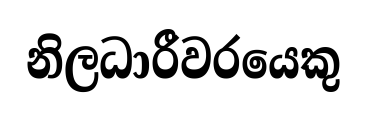
නිලධාරීවරයෙකු